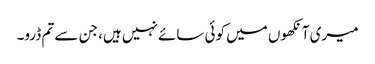
میری آنکھوں میں کوئی سائے نہیں ہیں، جن سے تم ڈرو۔